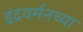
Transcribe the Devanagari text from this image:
इंद्रवर्मनच्या